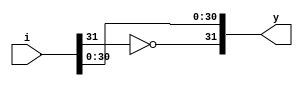
module comp (y,i);
input [31:0]i;
output [31:0]y;
wire temp;
assign temp=~i[31];
assign y[31:0]={temp,i[30:0]};
endmodule